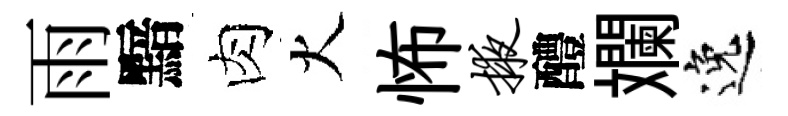
雨黯肉火怖掖醴斕逸